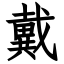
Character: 戴